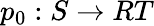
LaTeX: p_{0}:S\rightarrow RT